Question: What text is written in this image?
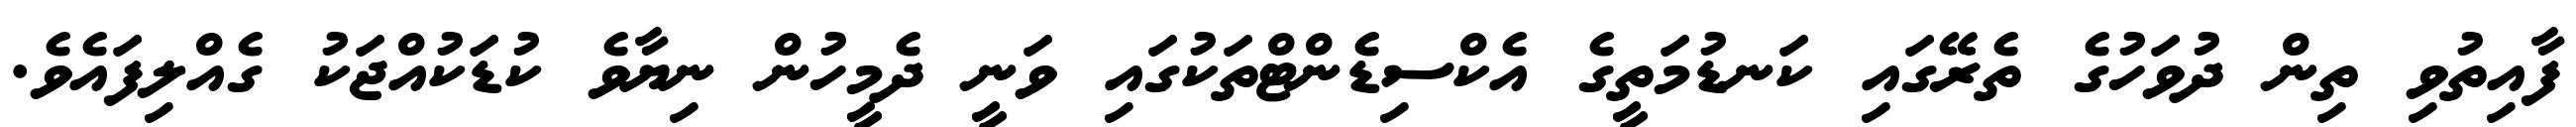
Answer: ފާއިތުވި ތިން ދުވަހުގެ ތެރޭގައި ކަނޑުމަތީގެ އެކްސިޑެންޓްތަކުގައި ވަނީ ދެމީހުން ނިޔާވެ ކުޑަކުއްޖަކު ގެއްލިފައެވެ.